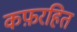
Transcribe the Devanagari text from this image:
कफ़रहित